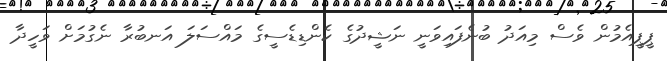
ޕީޕީއެމުން ވެސް މިއަދު ބުނެފައިވަނީ ނަޝީދުގެ ކެންޑިޑެސީގެ މައްސަލަ އަނބުރާ ނެގުމަށް ވަހީދާ